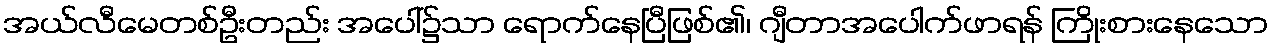
အယ်လီမေတစ်ဦးတည်း အပေါ်၌သာ ရောက်နေပြီဖြစ်၏၊ ဂျီတာအပေါက်ဖာရန် ကြိုးစားနေသော